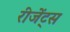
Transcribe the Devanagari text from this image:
रीजेंट्स